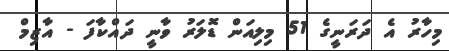
މިހާރު އެ ދަރަނީގެ 51 މިލިއަން ޑޮލަރު ވާނީ ދައްކާފަ - އާޒިމް